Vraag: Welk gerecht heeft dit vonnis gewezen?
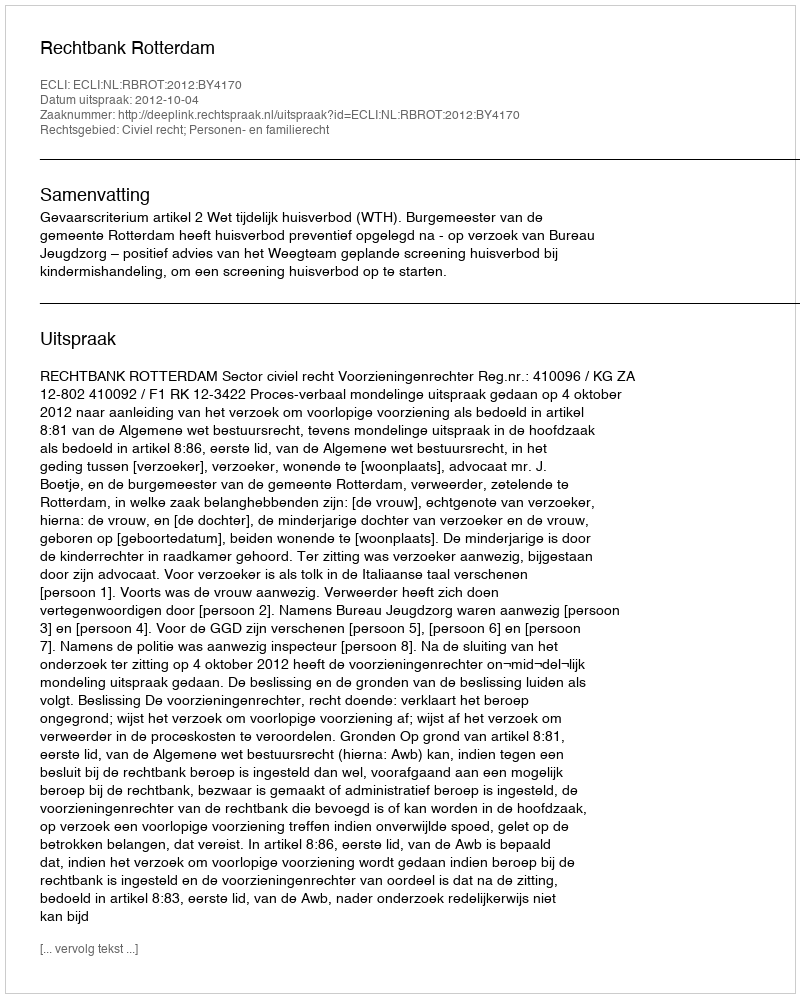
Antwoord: Rechtbank Rotterdam